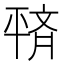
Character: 𫷙